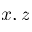
x , z